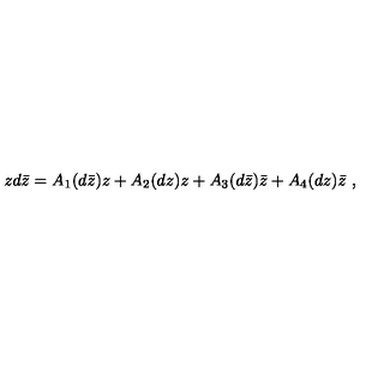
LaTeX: z d \bar { z } = A _ { 1 } ( d \bar { z } ) z + A _ { 2 } ( d z ) z + A _ { 3 } ( d \bar { z } ) \bar { z } + A _ { 4 } ( d z ) \bar { z } \ ,